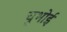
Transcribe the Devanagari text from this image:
चुभोई